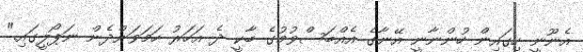
އެނޫނީ ހިގައިން ހުންނާނީ އޭނާގެ އެއްބަސްވުމުގެ ބާކީ ދެ އަހަރު ހަމަވަންދެން ނަޕޯލީގައި."